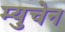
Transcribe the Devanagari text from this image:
म्युचेन